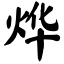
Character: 烨